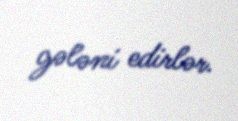
gələni edirlər.